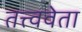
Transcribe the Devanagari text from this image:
तत्त्ववेता